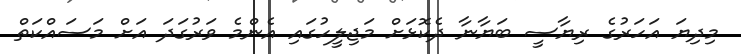
މިދިޔަ އަހަރުގެ ރިޔާސީ ބަޔާނާ ދެކޮޅަށް މަޖިލީހުގައި އެންމެ ވަރުގަދަ އަށް މަސައްކަތް